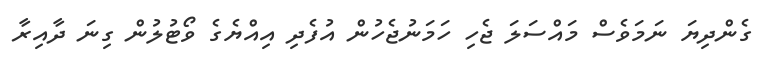
ގެންދިޔަ ނަމަވެސް މައްސަލަ ޖެހި ހަމަނުޖެހުން އުފެދި އިއްޔެގެ ވޯޓުލުން ގިނަ ދާއިރާ